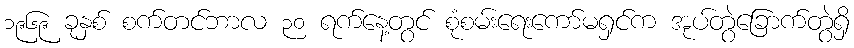
၁၉၆၉ ခုနှစ် စက်တင်ဘာလ ၃၀ ရက်နေ့တွင် စုံစမ်းရေးကော်မရှင်က အုပ်တွဲခြောက်တွဲရှိ